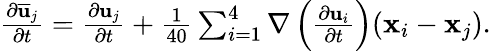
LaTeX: \begin{array}{r}{\frac{\partial\overline{{\mathbf u}}_{j}}{\partial t}=\frac{\partial{\mathbf u}_{j}}{\partial t}+\frac{1}{40}\sum_{i=1}^{4}\nabla\left(\frac{\partial{\mathbf u}_{i}}{\partial t}\right)({\mathbf x}_{i}-{\mathbf x}_{j}).}\end{array}